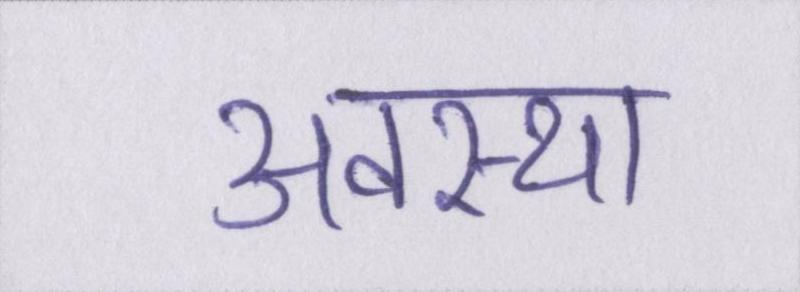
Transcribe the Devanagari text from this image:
अवस्था